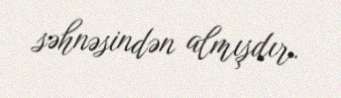
səhnəsindən almışdır.